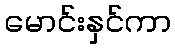
မောင်းနှင်ကာ